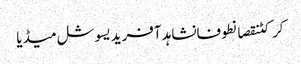
کرکٹنقصانطوفانشاہد آفریدیسوشل میڈیا